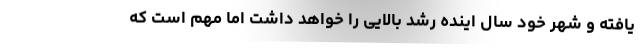
یافته و شهر خود سال اینده رشد بالایی را خواهد داشت اما مهم است که